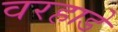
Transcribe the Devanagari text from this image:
वरहाडे